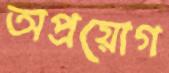
অপ্রয়োগ